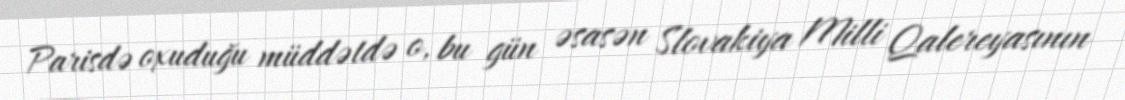
Parisdə oxuduğu müddətdə o, bu gün əsasən Slovakiya Milli Qalereyasının